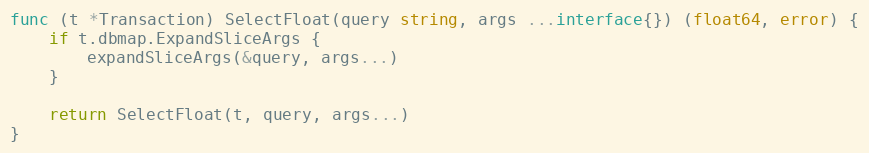
Language: Go
func (t *Transaction) SelectFloat(query string, args ...interface{}) (float64, error) {
	if t.dbmap.ExpandSliceArgs {
		expandSliceArgs(&query, args...)
	}

	return SelectFloat(t, query, args...)
}